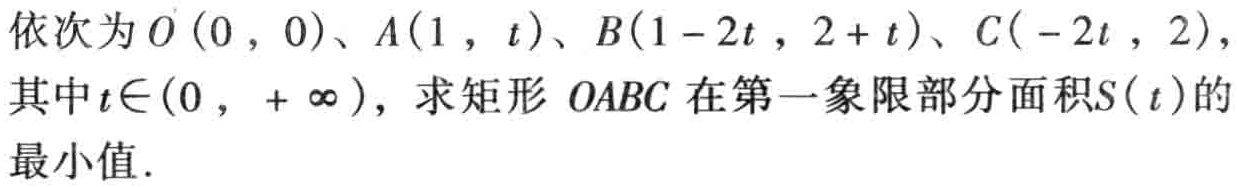
依次为\(O(0,0)\)、\(A(1,t)\)、\(B(1 - 2t,2 + t)\)、\(C(-2t,2)\)，其中\(t\in(0,+\infty)\)，求矩形 \(OABC\) 在第一象限部分面积\(S(t)\)的最小值.